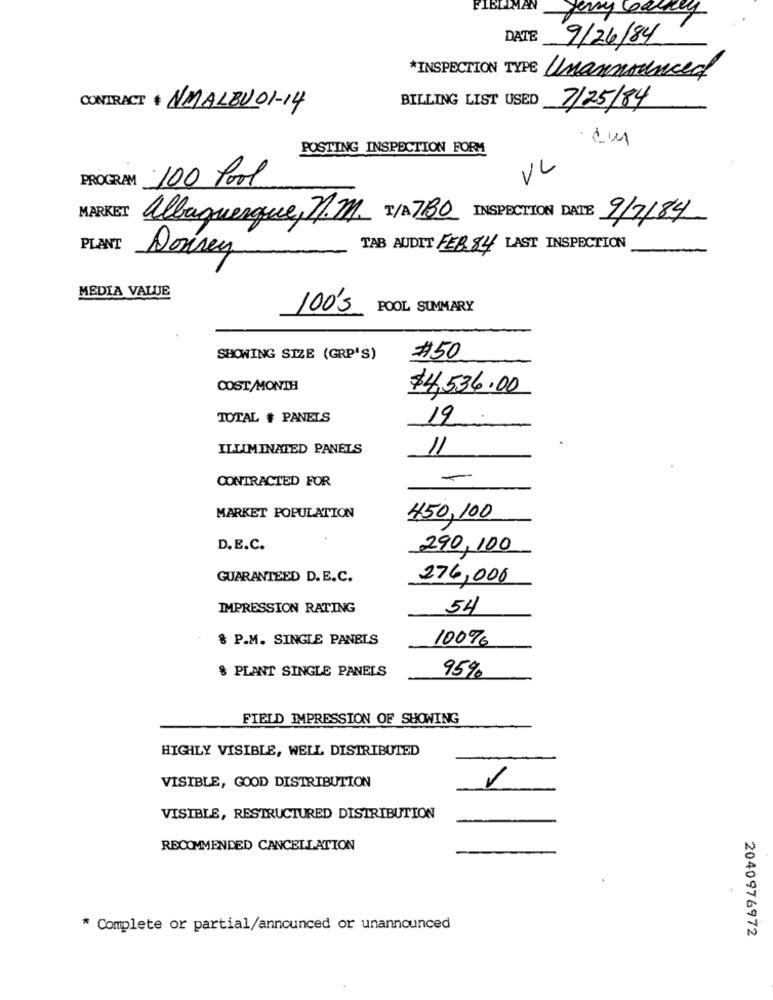
FIBLIMAY
Jerry barry
DATE
9/26/84
*INSPECTION TYPE
Unannounced
BILLING LIST USED
CONTRACT * NMALBU01-14
7/25/84
POSTING INSPECTION FORM
VL
PROGRAM 100 Pool
MARKET
albuquerque, M.M. T/A 7BO INSPECTION DATE
9/7/84
PLANT
TAB AUDIT FEB.84 LAST INSPECTION
Donney
MEDIA VALUE
100's
POOL SUMMARY
SHOWING SIZE (GRP'S)
#50
COST/MONTH
$4,536.00
TOTAL # PANELS
19:
ILLUMINATED PANELS
11
CONTRACTED FOR
MARKET POPULATION
450,100
D. E.C.
290,100
GUARANTEED D.E.C.
276,000
IMPRESSION RATING
54
& P.M. SINGLE PANELS
100%
& PLANT SINGLE PANELS
95%
FIELD IMPRESSION OF SHOWING
HIGHLY VISIBLE, WELL DISTRIBUTED
VISIBLE, GOOD DISTRIBUTION
VISIBLE, RESTRUCTURED DISTRIBUTION
RECOMMENDED CANCELLATION
* Complete or partial/announced or unannounced
2040976972